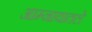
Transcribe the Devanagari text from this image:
आम्नायातले